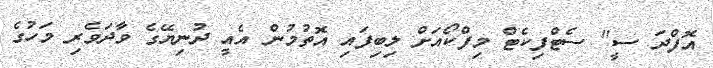
އޮފްދަ ސީ" ސެޓްފިކެޓް މިފްކޯއަށް ލިބިފައި އޮތުމުން އެއީ ދުނިޔޭގެ ވާދަވެރި މަހުގެ